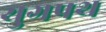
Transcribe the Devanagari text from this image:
युगपथ